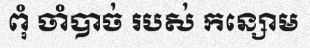
ពុំ ចាំបាច់ របស់ កន្សោម